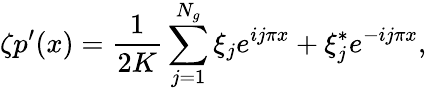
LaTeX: \zeta p^{\prime}(x)=\frac{1}{2K}\sum_{j=1}^{N_{g}}\xi_{j}e^{ij\pi x}+\xi_{j}^{*}e^{-ij\pi x},